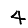
Digit: 4